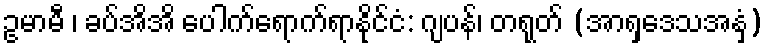
ဥမာမီ ၊ ခပ်အိအိ ပေါက်ရောက်ရာနိုင်ငံ: ဂျပန်၊ တရုတ် (အာရှဒေသအနှံ့)